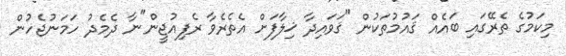
މިކަމުގެ ތެރޭގައި ބައެއް ޤައުމުތަކުން "ޤަވައިދާ ޚިލާފަށް އެތެރެވާ ރެފިއުޖީން"ނާ ދެމެދު ހަމަނުޖެހުން